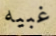
غبيه